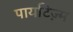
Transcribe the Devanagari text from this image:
पायटिज़्म